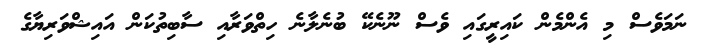
ނަމަވެސް މި އެންމެން ކައިރީގައި ވެސް ނޫނެކޭ ބުނެލާނެ ހިތްވަރާއި ސާބިތުކަން އައިޝްވަރިޔާގެ